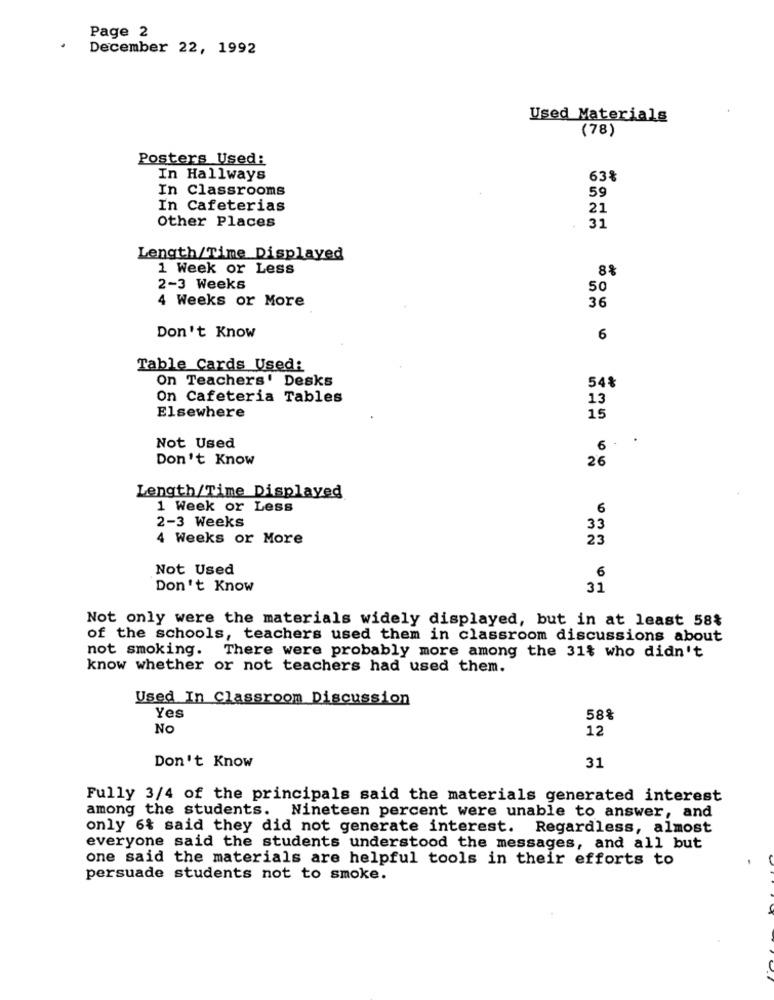
Page 2
December 22, 1992
Used Materials
(78)
Posters Used:
In Hallways
63%
In Classrooms
59
In Cafeterias
21
Other Places
31
Length/Time Displayed
1 Week or Less
8%
2-3 Weeks
50
4 Weeks or More
36
Don't Know
6
Table Cards Used:
On Teachers' Desks
54%
On Cafeteria Tables
13
Elsewhere
15
.
Not Used
6 .
Don't Know
26
Length/Time Displayed
1 Week or Less
6
2-3 Weeks
33
4 Weeks or More
23
Not Used
6
Don't Know
31
Not only were the materials widely displayed, but in at least 58%
of the schools, teachers used them in classroom discussions about
not smoking. There were probably more among the 31% who didn't
know whether or not teachers had used them.
Used In Classroom Discussion
Yes
58%
No
12
31
Don't Know
Fully 3/4 of the principals said the materials generated interest
among the students. Nineteen percent were unable to answer, and
only 6% said they did not generate interest. Regardless, almost
everyone said the students understood the messages, and all but
one said the materials are helpful tools in their efforts to
persuade students not to smoke.